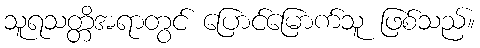
သူရသတ္တိအရာတွင် ပြောင်မြောက်သူ ဖြစ်သည်။